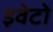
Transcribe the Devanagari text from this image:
इवेटो